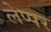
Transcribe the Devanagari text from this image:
लेप्पर